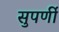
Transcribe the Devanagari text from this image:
सुपर्णी